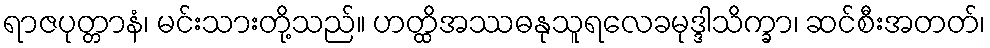
ရာဇပုတ္တာနံ၊ မင်းသားတို့သည်။ ဟတ္ထိအဿဓနုသူရလေခမုဒ္ဒါသိက္ခာ၊ ဆင်စီးအတတ်၊